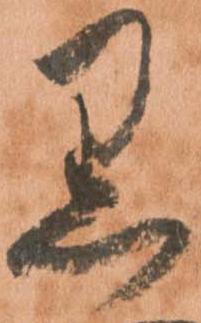
黒